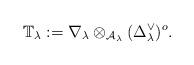
LaTeX: \begin{align*}{\mathbb T}_\lambda:=\nabla_\lambda \otimes_{\mathcal{A}_\lambda}(\Delta_\lambda^\vee)^o.\end{align*}